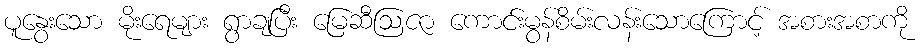
ပူနွေးသော မိုးရေများ ရွာချပြီး မြေဆီဩဇာ ကောင်းမွန်စိမ်းလန်းသောကြောင့် အစားအစာကို